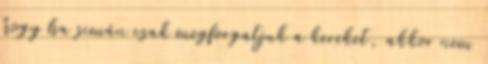
hogy ha simán csak megforgatjuk a kereket, akkor nem